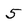
Character: 5